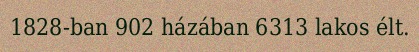
1828-ban 902 házában 6313 lakos élt.